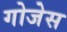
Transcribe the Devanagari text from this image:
गोजेस